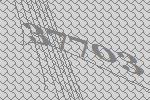
37703